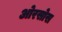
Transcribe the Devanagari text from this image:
ओरसोस